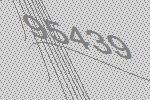
95439